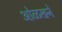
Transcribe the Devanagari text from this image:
ओळखने